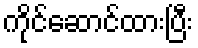
ကိုင်ဆောင်ထားပြီး